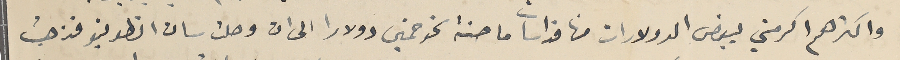
واكثرهم اكرمني ببعض الدولارات منها قداسات ماحنة نحو خمسين دولارا الى ان وصلت سان انطونيو فذهبت